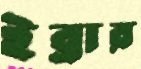
ইব্রার